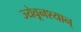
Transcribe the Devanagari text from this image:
ज्येवूनश्यान्